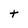
Character: t